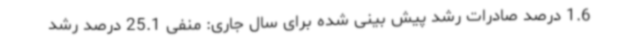
1.6 درصد صادرات رشد پیش بینی شده برای سال جاری: منفی 25.1 درصد رشد